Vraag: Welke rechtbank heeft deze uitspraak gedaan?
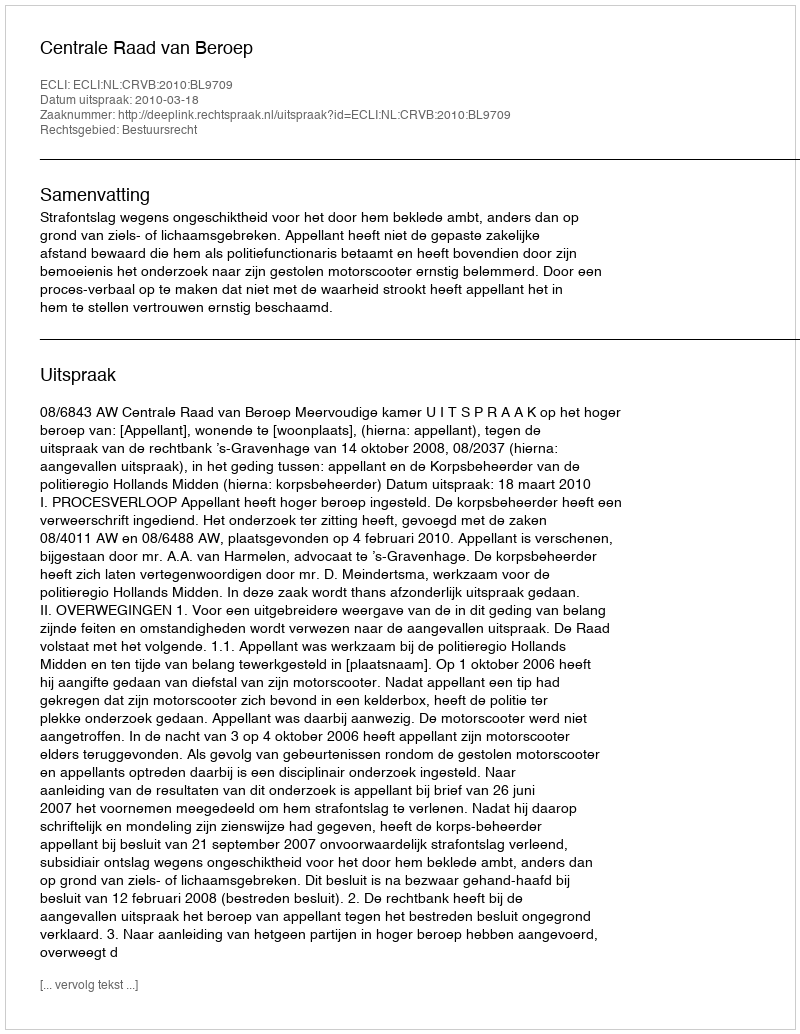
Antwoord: Centrale Raad van Beroep